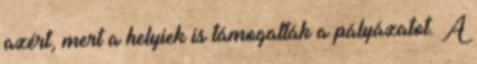
azért, mert a helyiek is támogatták a pályázatot. A